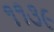
૧૧૩૯